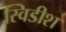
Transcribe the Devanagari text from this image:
स्विडीश